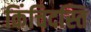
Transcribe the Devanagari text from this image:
किंचिदस्ति